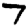
Digit: 7